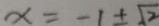
x = - 1 \pm \sqrt { 2 }